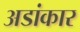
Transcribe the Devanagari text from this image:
अडांकार